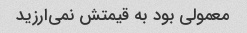
معمولی بود به قیمتش نمی‌ارزید